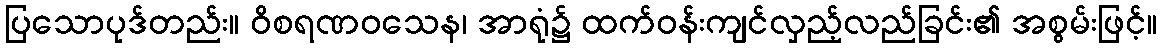
ပြသောပုဒ်တည်း။ ဝိစရဏဝသေန၊ အာရုံ၌ ထက်ဝန်းကျင်လှည့်လည်ခြင်း၏ အစွမ်းဖြင့်။